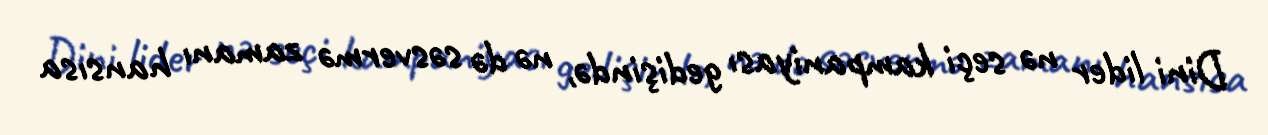
Dini lider nə seçi kampaniyası gedişində, nə də səsvermə zamanı hansısa